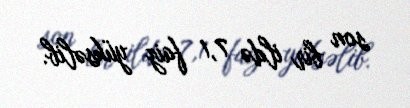
son bir ildə 7,1 faiz yüksəlib.